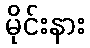
မိုင်းနား